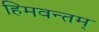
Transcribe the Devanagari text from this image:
हिमवन्तम्